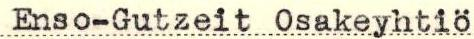
Enso-Gutzeit Osakeyhtiö